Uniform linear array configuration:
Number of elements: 64
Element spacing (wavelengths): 1
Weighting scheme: hamming
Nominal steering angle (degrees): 60
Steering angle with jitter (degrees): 60.103
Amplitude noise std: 0.05
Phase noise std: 0.05

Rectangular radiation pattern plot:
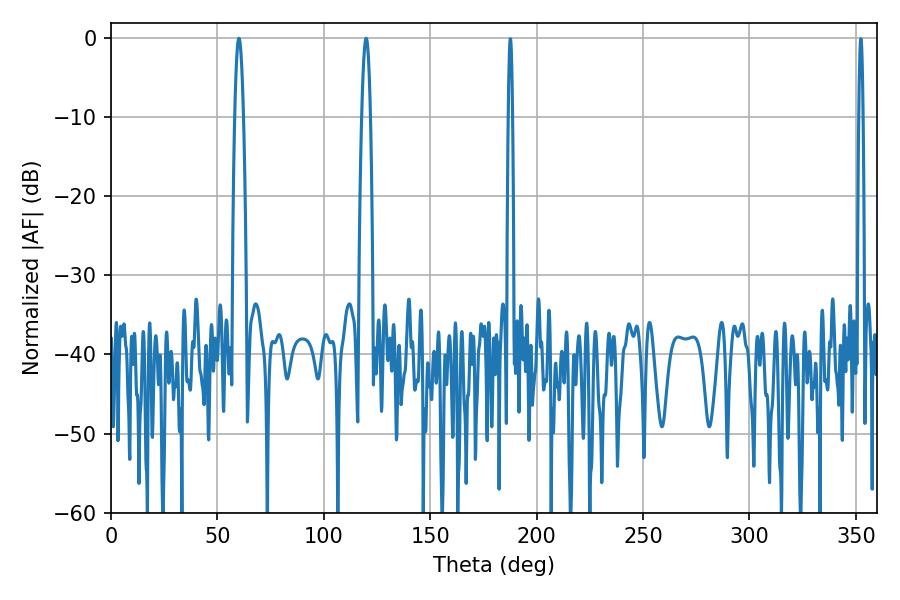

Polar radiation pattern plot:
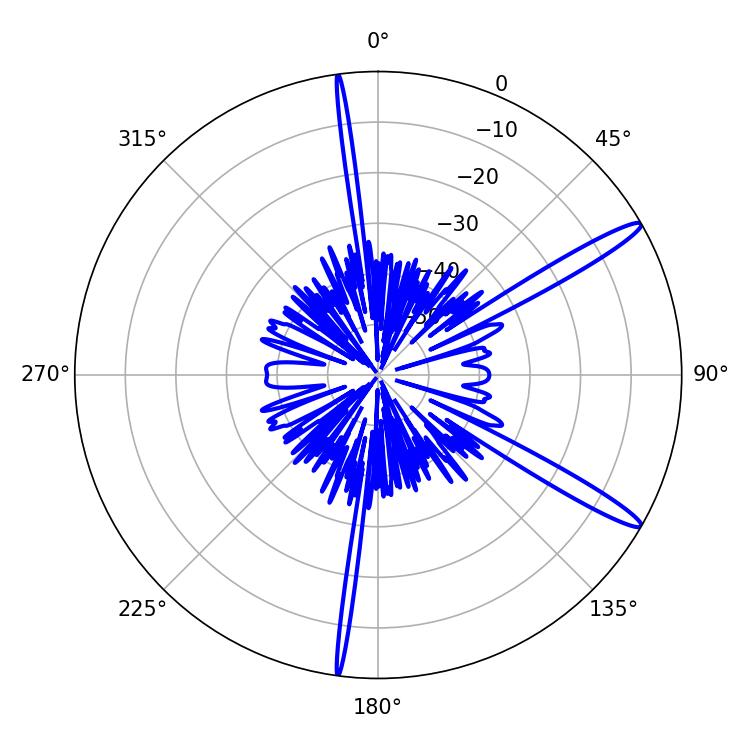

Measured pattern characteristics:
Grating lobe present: TRUE
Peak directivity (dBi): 14.618
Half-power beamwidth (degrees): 2.16
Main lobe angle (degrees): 60.12